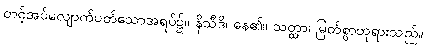
တင့်အပ်လျောက်ပတ်သောအရပ်၌။ နိသီဒိ၊ နေ၏။ သတ္ထာ၊ မြတ်စွာဘုရားသည်။